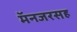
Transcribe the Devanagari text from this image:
मॅनजरसह